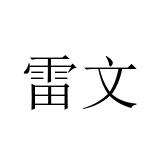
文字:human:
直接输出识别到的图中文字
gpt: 雷文